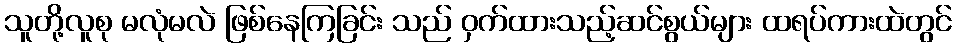
သူတို့လူစု မလုံမလဲ ဖြစ်နေကြခြင်း သည် ဝှက်ထားသည့်ဆင်စွယ်များ ထရပ်ကားထဲတွင်